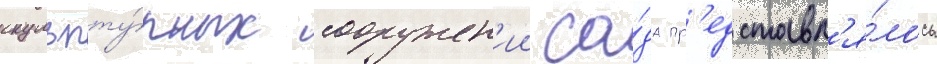
скульпту́рных сооружен'ии са́да пр'едставл'я́лось